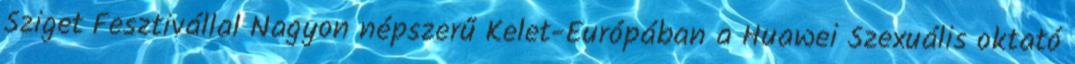
Sziget Fesztivállal Nagyon népszerű Kelet-Európában a Huawei Szexuális oktató